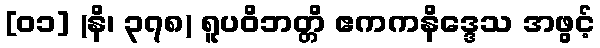
[၀၁] (နိ၊ ၃၇၈) ရူပဝိဘတ္တိ ဧကကနိဒ္ဒေသ အဖွင့်